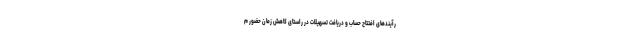
رآیند‌های افتتاح حساب و دریافت تسهیلات در راستای کاهش زمان حضور م